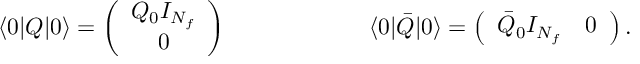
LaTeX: \langle 0 | Q | 0 \rangle = \left( \begin{array} { c } { { Q _ { 0 } I _ { N _ { f } } } } \\ { { 0 } } \end{array} \right) \qquad \qquad \qquad \langle 0 | \bar { Q } | 0 \rangle = \left( \begin{array} { c c } { { \bar { Q } _ { 0 } I _ { N _ { f } } } } & { { 0 } } \end{array} \right) .